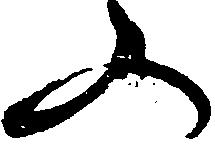
ふ